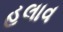
હલાવ